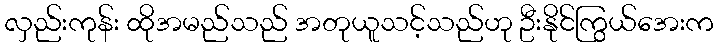
လှည်းကုန်း ထိုအမည်သည် အတုယူသင့်သည်ဟု ဦးနိုင်ကြွယ်အေးက